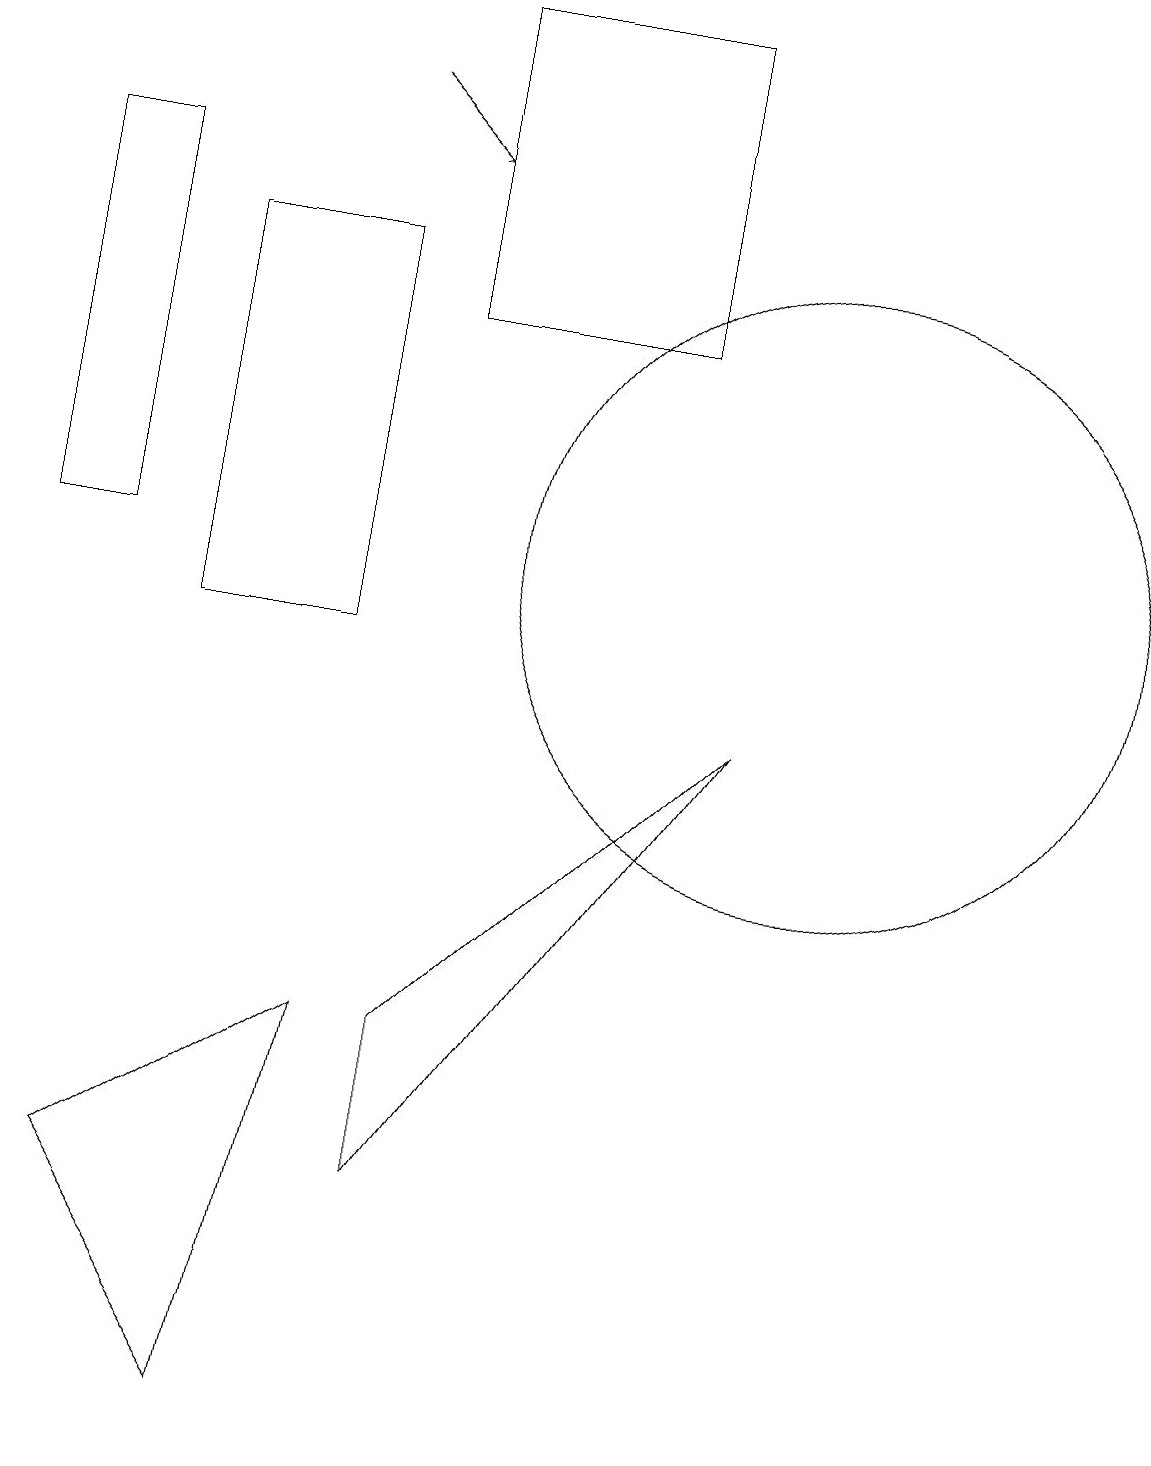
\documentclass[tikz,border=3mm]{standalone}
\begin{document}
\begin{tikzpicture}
\draw (10,11) circle (4);
\draw[->] (4,17) -- (5,16);
\draw (5,3) -- (5,5) -- (9,9) -- cycle;
\draw (4,10) rectangle (2,15);
\draw (5,14) rectangle (8,18);
\draw (1,16) rectangle (0,11);
\draw (1,3) -- (4,5) -- (3,0) -- cycle;
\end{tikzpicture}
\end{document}